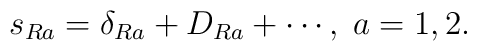
s_{Ra}=\delta _{Ra}+D_{Ra}+\cdots ,\;a=1,2.